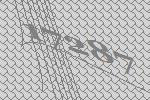
17287